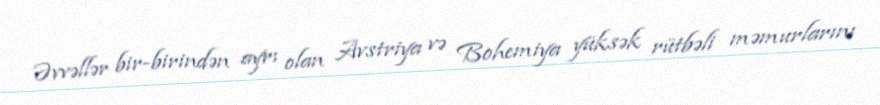
Əvvəllər bir-birindən ayrı olan Avstriya və Bohemiya yüksək rütbəli məmurlarını